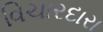
વિચારદારા